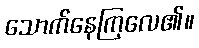
သောက်နေကြလေ၏။